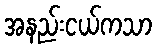
အနည်းငယ်ကသာ